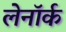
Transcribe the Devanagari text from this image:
लेनॉर्क